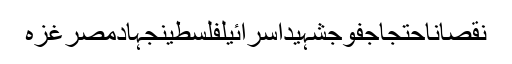
نقصاناحتجاجفوجشہیداسرائیلفلسطینجہادمصرغزہ